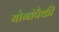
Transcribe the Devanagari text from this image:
योगांपैकी